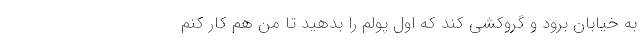
به خیابان برود و گروکشی کند که اول پولم را بدهید تا من هم کار کنم